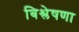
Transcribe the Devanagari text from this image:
बिश्लेषणा